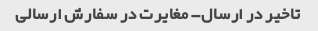
تاخیر در ارسال- مغایرت در سفارش ارسالی